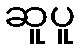
ဆူပူ